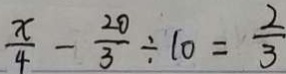
\frac { x } { 4 } - \frac { 2 0 } { 3 } \div 1 0 = \frac { 2 } { 3 }